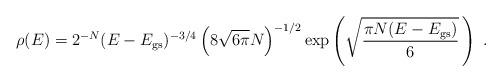
LaTeX: \begin{align*}\rho(E)=2^{-N } (E-E_{\mathrm{gs}})^{-3/4} \left ( 8\sqrt{6\pi}N \right )^{-1/2}\exp \left (\sqrt{\frac{\pi N(E-E_{\mathrm{gs}})}{6}}\,\right ) \ .\end{align*}